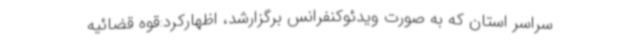
سراسر استان که به صورت ویدئوکنفرانس برگزارشد، اظهارکرد:قوه قضائیه